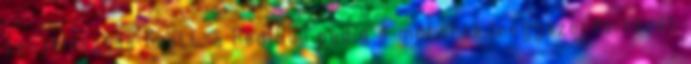
pénzelosztás miatt, a Red Bull pedig a motorok leegyszerűsítését